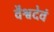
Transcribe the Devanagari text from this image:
वैश्वदेवं